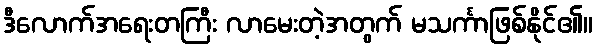
ဒီလောက်အရေးတကြီး လာမေးတဲ့အတွက် မသင်္ကာဖြစ်နိုင်၏။